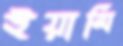
ইয়ামি